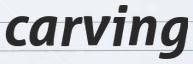
carving